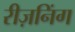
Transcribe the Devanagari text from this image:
रीज़निंग